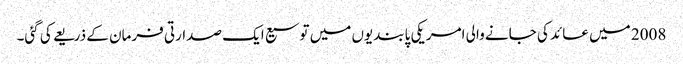
2008 میں عائد کی جانے والی امریکی پابندیوں میں توسیع ایک صدارتی فرمان کے ذریعے کی گئی۔